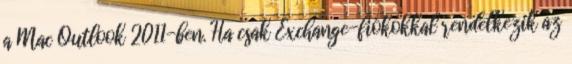
a Mac Outlook 2011-ben. Ha csak Exchange-fiókokkal rendelkezik az